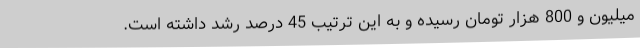
میلیون و 800 هزار تومان رسیده و به این ترتیب 45 درصد رشد داشته است.